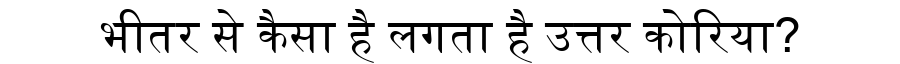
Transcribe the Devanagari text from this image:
भीतर से कैसा है लगता है उत्तर कोरिया?